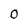
Character: 0